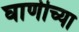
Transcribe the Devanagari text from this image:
घाणीच्या